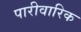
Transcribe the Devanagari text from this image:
पारीवारिक